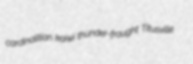
cardinalitian kaiwi thunder-fraught Titusville